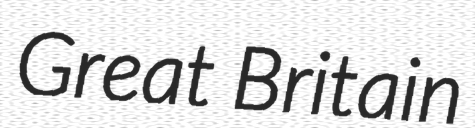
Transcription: Great Britain